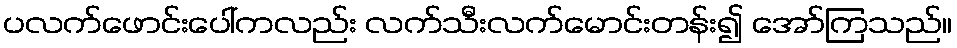
ပလက်ဖောင်းပေါ်ကလည်း လက်သီးလက်မောင်းတန်း၍ အော်ကြသည်။